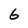
Character: 6